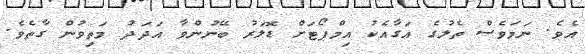
އެވެ. ނަމަވެސް ތެލުގެ އަގާއެކު އިމްޕޯޓަށް ޑޮލަރު ބޭނުންވާ އަދަދު މަތިވުން ގާތެވެ.